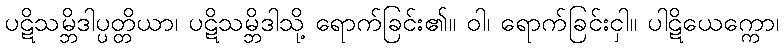
ပဋိသမ္ဘိဒါပ္ပတ္တိယာ၊ ပဋိသမ္ဘိဒါသို့ ရောက်ခြင်း၏။ ဝါ၊ ရောက်ခြင်းငှါ။ ပါဋိယေက္ကော၊